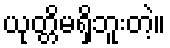
ယုတ္တိမရှိဘူးတဲ့။